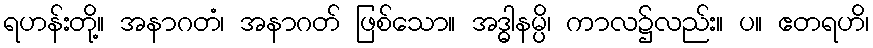
ရဟန်းတို့။ အနာဂတံ၊ အနာဂတ် ဖြစ်သော။ အဒ္ဓါနမ္ပိ၊ ကာလ၌လည်း။ ပ။ ဧတရဟိ၊